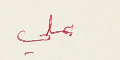
علي